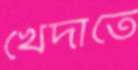
খেদাতে